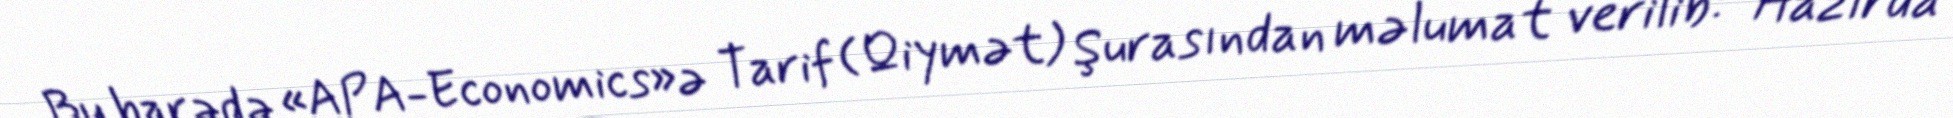
Bu barədə «APA-Economics»ə Tarif (Qiymət) Şurasından məlumat verilib: “Hazırda